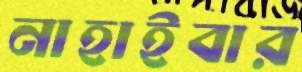
নাহাইবার